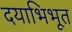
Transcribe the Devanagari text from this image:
दयाभिभूत